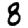
Digit: 8